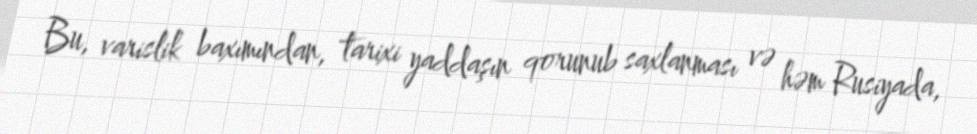
Bu, varislik baxımından, tarixi yaddaşın qorunub saxlanması və həm Rusiyada,